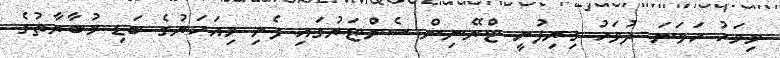
މިމަހު ހަވަނަ ދުވަހު ގިރިފުށީ ޓްރޭނިން ސެންޓަރުގައި ފެށި މިއަހަރުގެ ބަޑި މުބާރާތުގެ